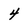
Character: 4